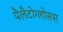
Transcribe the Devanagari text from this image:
पैलैटोग्लोसस